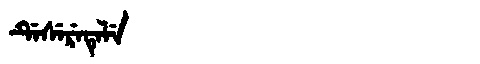
Manchu: ᡩᡝᠰᡝᡵᡝᡨᡝᠯᡝ
Romanization: DESERETELE